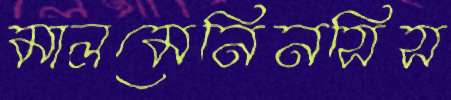
মালমেনিনসিস